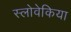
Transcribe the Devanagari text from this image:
स्लोवेकिया